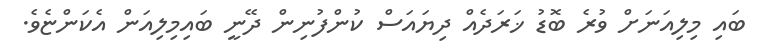
ބައި މިލިއަނަށް ވުރެ ބޮޑު ޚަރަދެއް ދިޔައަސް ކުންފުނިން ދޭނީ ބައިމިލިއަން އެކަންޏެވެ.